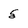
Character: 5